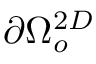
\partial \Omega _ { o } ^ { 2 D }